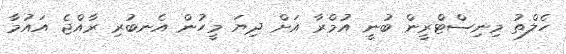
ހެލްތު މިނިސްޓްރީން ބުނީ އުމްރާ އަށް ދިޔަ މީހުން އެނބުރި ރާއްޖެ އައުމާ